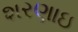
શરણાઇ